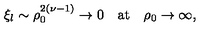
\xi _ { l } \sim \rho _ { 0 } ^ { 2 ( \nu - 1 ) } \rightarrow 0 \quad \mathrm { a t } \quad \rho _ { 0 } \rightarrow \infty ,